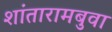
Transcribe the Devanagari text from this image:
शांतारामबुवा